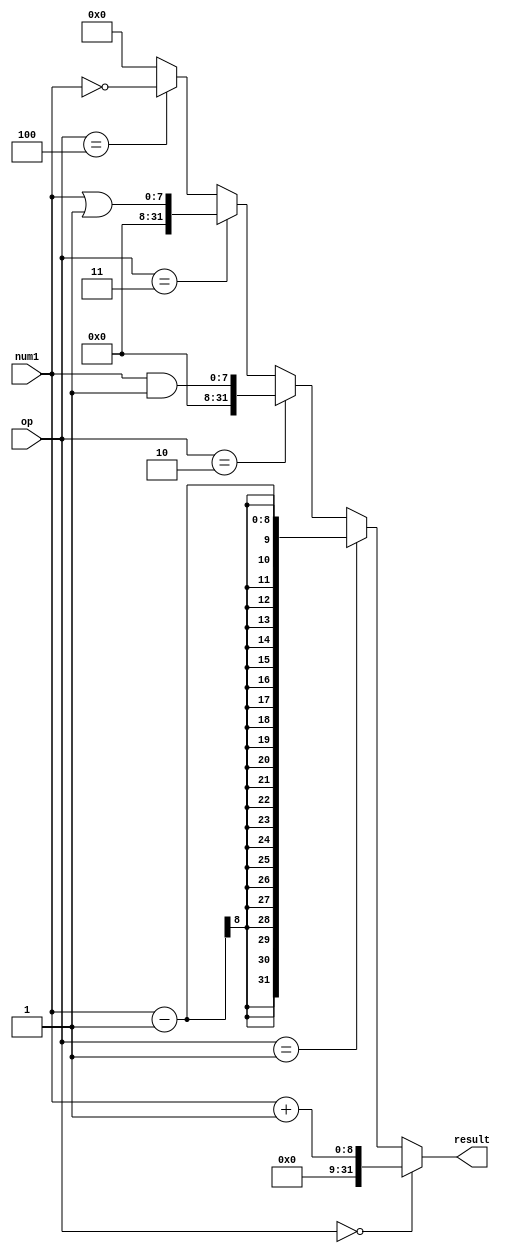
// This program was cloned from: https://github.com/lvyufeng/step_into_mips
// License: MIT License

`timescale 1ns / 1ps
//////////////////////////////////////////////////////////////////////////////////
// Company: 
// Engineer: 
// 
// Design Name: 
// Module Name: calculate
// Project Name: 
// Target Devices: 
// Tool Versions: 
// Description: 
// 
// Dependencies: 
// 
// Revision:
// Revision 0.01 - File Created
// Additional Comments:
// 
//////////////////////////////////////////////////////////////////////////////////


module calculate(
    input wire [7:0] num1,
    input wire [2:0] op,
    output [31:0] result
    );
    wire [31:0] num2;
    wire [31:0] Sign_extend;
    
    assign num2 = 32'h00000001;
    assign Sign_extend={{24{1'b0}},num1[7:0]};
    assign result = (op == 3'b000)? Sign_extend + num2:
                    (op == 3'b001)? Sign_extend - num2:
                    (op == 3'b010)? Sign_extend & num2:
                    (op == 3'b011)? Sign_extend | num2:
                    (op == 3'b100)? ~Sign_extend: 32'h00000000;
endmodule